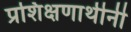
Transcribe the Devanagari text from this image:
प्रशिक्षणार्थीनी